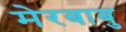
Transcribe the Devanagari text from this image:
मेरबाबु